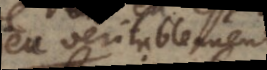
Dieu veritablement